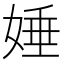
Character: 娷